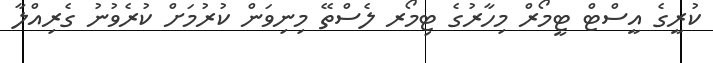
ކުރީގެ އީސްޓް ޓީމޯރް މިހާރުގެ ޓިމޯރ ލެސްތޭ މިނިވަން ކުރުމަށް ކުރެވުނު ގެރިއްލާ